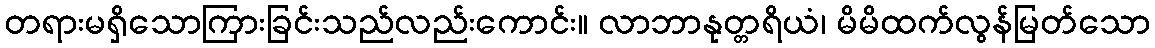
တရားမရှိသောကြားခြင်းသည်လည်းကောင်း။ လာဘာနုတ္တရိယံ၊ မိမိထက်လွန်မြတ်သော